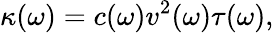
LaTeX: \kappa(\omega)=c(\omega)v^{2}(\omega)\tau(\omega),